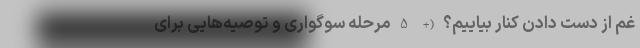
غمِ از دست دادن کنار بیاییم؟ (+ 5 مرحله سوگواری و توصیه‌هایی برای